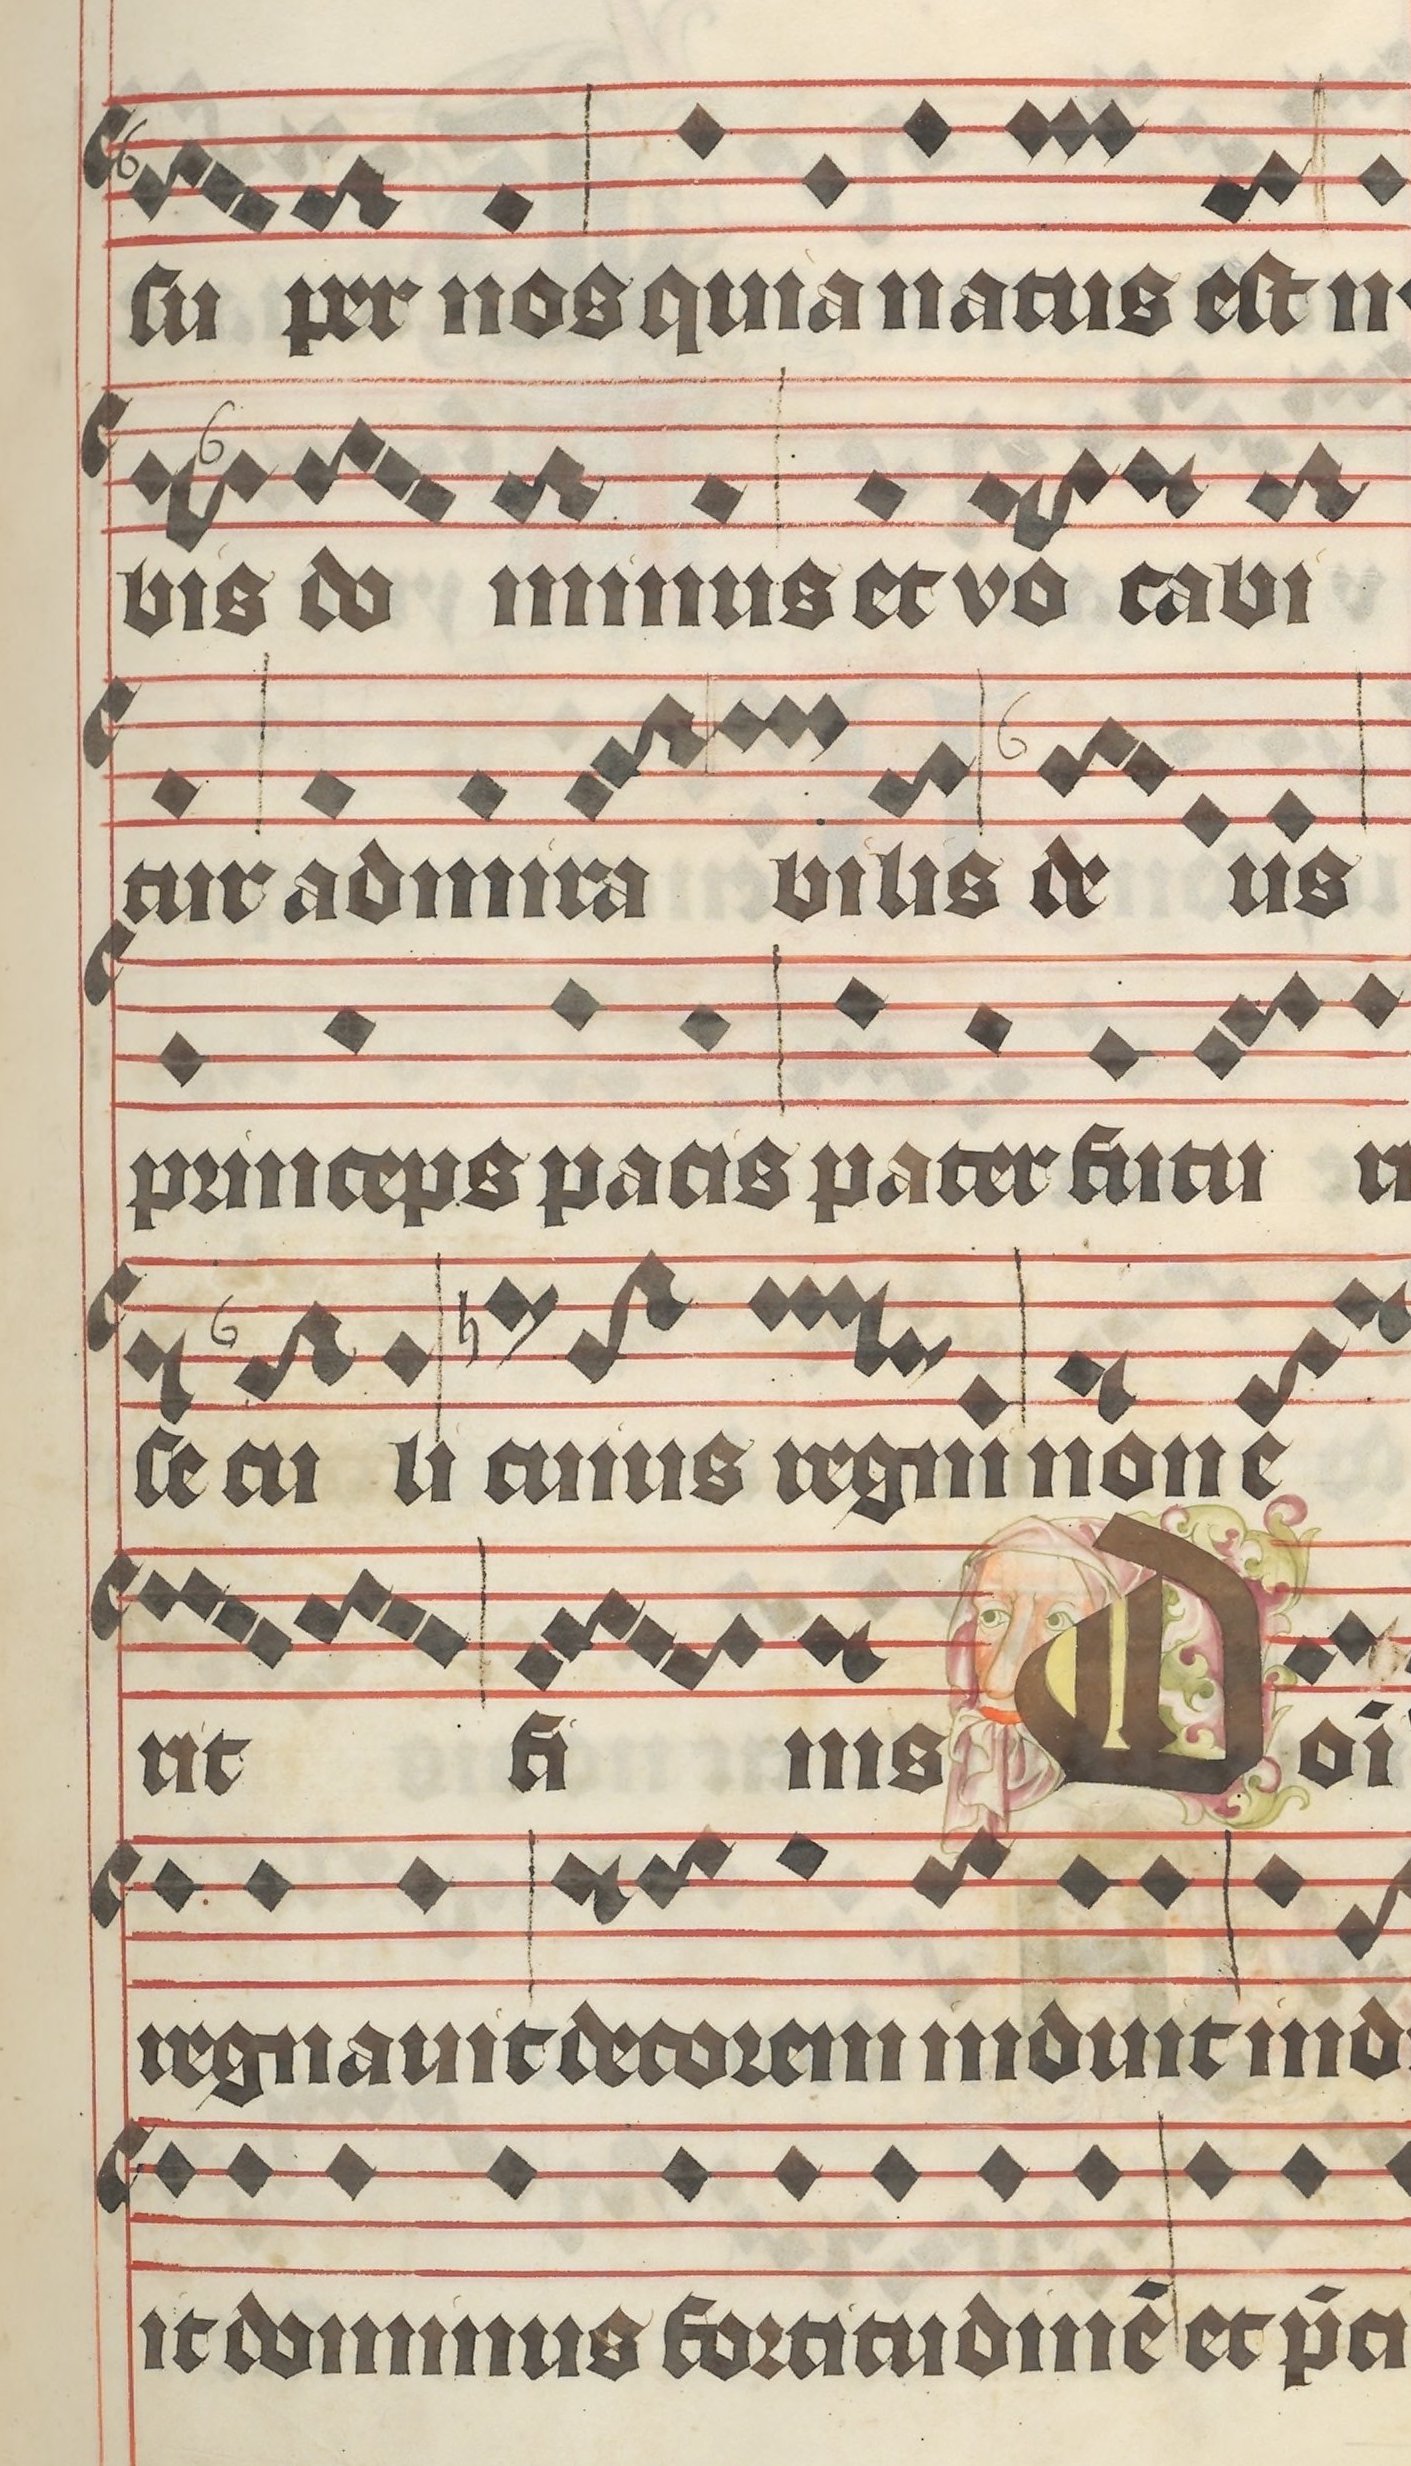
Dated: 1395–1425